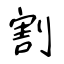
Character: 割